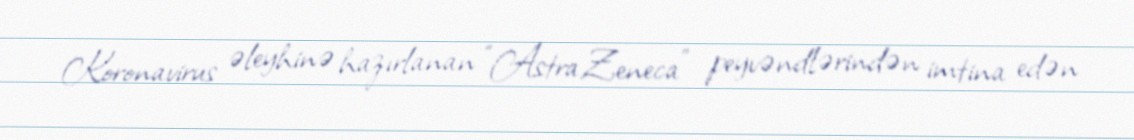
Koronavirus əleyhinə hazırlanan “AstraZeneca” peyvəndlərindən imtina edən